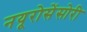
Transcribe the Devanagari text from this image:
नयूरोसेंसोरी